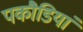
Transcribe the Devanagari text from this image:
पकौडियां